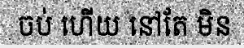
ចប់ ហើយ នៅតែ មិន